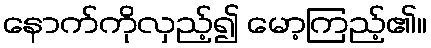
နောက်ကိုလှည့်၍ မော့ကြည့်၏။